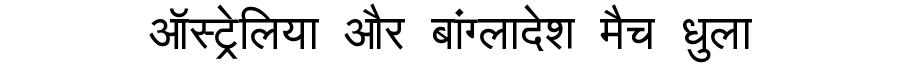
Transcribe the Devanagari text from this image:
ऑस्ट्रेलिया और बांग्लादेश मैच धुला